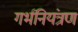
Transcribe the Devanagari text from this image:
गर्भनियंत्रण